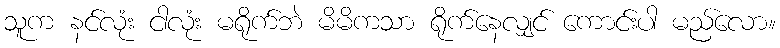
သူက နင်လုံး ငါလုံး မရိုက်ဘဲ မိမိကသာ ရိုက်နေလျှင် ကောင်းပါ မည်လော။